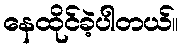
နေထိုင်ခဲ့ပါတယ်။